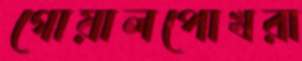
গোয়ালপোখরা